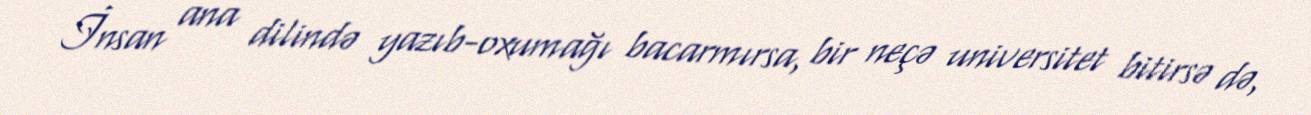
İnsan ana dilində yazıb-oxumağı bacarmırsa, bir neçə universitet bitirsə də,